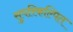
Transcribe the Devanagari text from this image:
सुपरिकल्पित